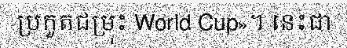
ប្រកួតជម្រុះ World Cup»។ នេះជា